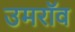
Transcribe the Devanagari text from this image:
उमरॉव